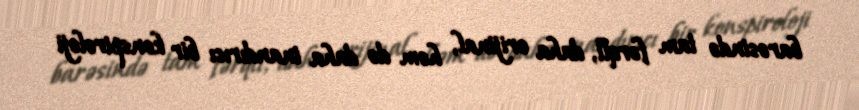
barəsində tam fərqli, daha orijinal, həm də daha inandırıcı bir konspiroloji